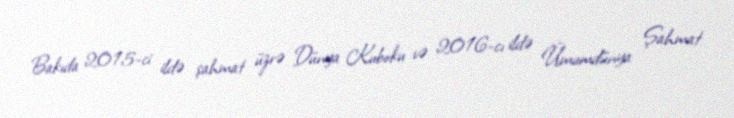
Bakıda 2015-ci ildə şahmat üzrə Dünya Kuboku və 2016-cı ildə Ümumdünya Şahmat